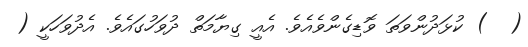
(  ) ކުޅަދުންވަތަ ވޮޑިގެންވެއެވެ. އެއީ ގިޔާމަތް ދުވަހުގައެވެ. އެދުވަހަކީ (